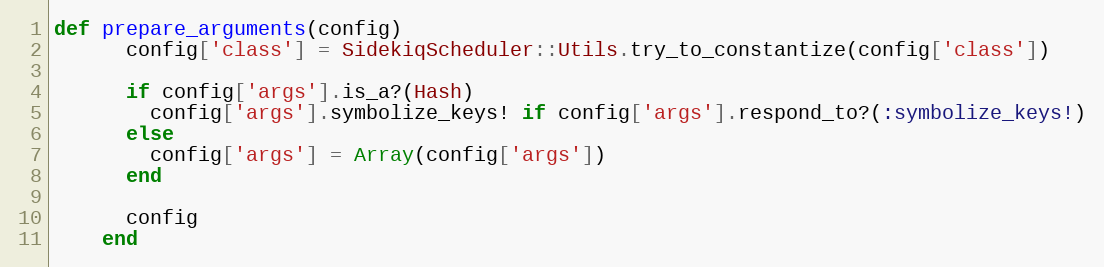
Language: Ruby
def prepare_arguments(config)
      config['class'] = SidekiqScheduler::Utils.try_to_constantize(config['class'])

      if config['args'].is_a?(Hash)
        config['args'].symbolize_keys! if config['args'].respond_to?(:symbolize_keys!)
      else
        config['args'] = Array(config['args'])
      end

      config
    end